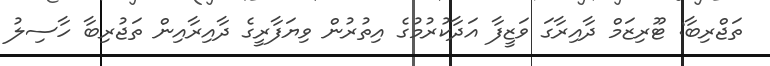
ތަޖްރިބާ: ޓޫރިޒަމް ދާއިރާގަ ވަޒީފާ އަދާކުރުމުގެ އިތުރުން ވިޔަފާރީގެ ދާއިރާއިން ތަޖުރިބާ ހާސިލު